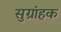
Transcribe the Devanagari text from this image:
सुग्रांहक